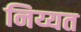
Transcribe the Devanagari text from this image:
निय्यत